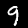
Digit: 9